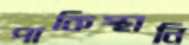
পাকিস্থানি